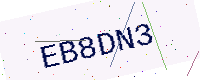
Text: EB8DN3